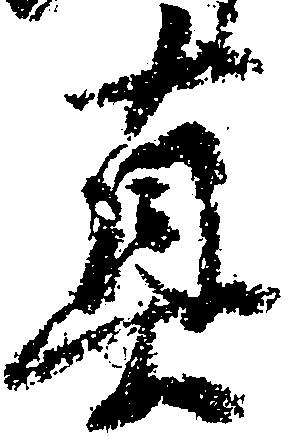
真